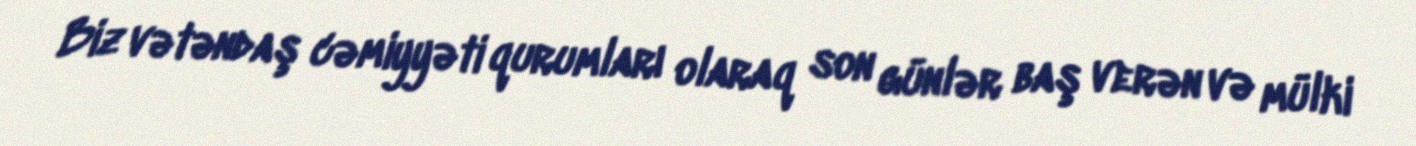
Biz vətəndaş cəmiyyəti qurumları olaraq son günlər baş verən və mülki